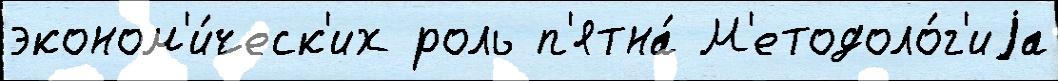
эконом'и́ческ'их роль п'ятна́ М'етодоло́г'иjа